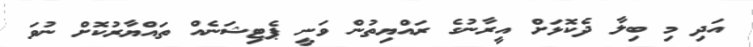
އަދި މި ބިލާ ދެކޮޅަށް އީރާނުގެ ރައްޔިތުން ވަނީ ޕެޓިޝަނެއް ތައްޔާރުކޮށް ނުވަ